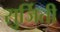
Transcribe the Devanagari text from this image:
सुर्जिती